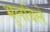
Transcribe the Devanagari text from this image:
भुलविले